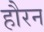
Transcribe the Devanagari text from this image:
हौरन